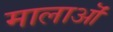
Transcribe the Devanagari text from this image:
मालाऒं